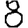
Digit: 8